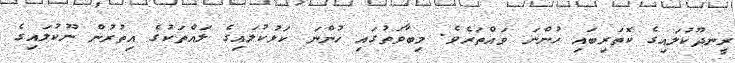
ރީނދޫކުލައިގެ ކޮތަރިބައި ހުންނަ ވައްތަރެވެ. މިބާވަތުގައި ހުންނަ ކަޅުކުލައިގެ ލައްތަކުގެ އިތުރުން ނޫކުލައިގެ